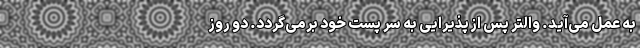
به عمل می‌آید. والتر پس از پذیرایی به سر پست خود برمی‌گردد. دو روز